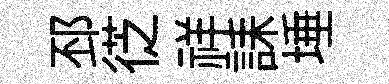
邳徔祥誄埵